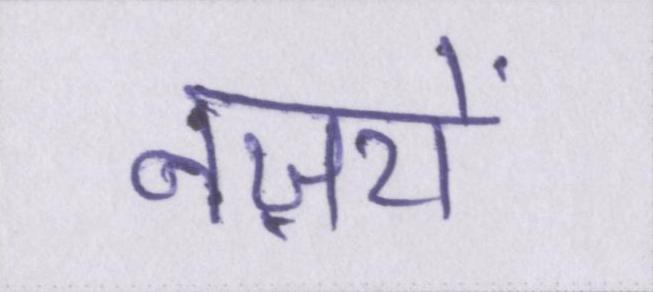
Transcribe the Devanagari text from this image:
नज़रों